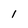
Character: I